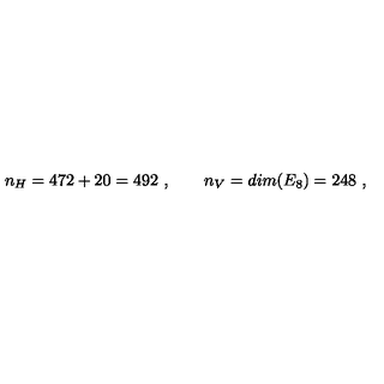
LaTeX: n _ { H } = 4 7 2 + 2 0 = 4 9 2 \ , \qquad n _ { V } = d i m ( E _ { 8 } ) = 2 4 8 \ ,